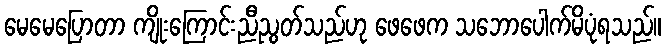
မေမေပြောတာ ကျိုးကြောင်းညီညွတ်သည်ဟု ဖေဖေက သဘောပေါက်မိပုံရသည်။